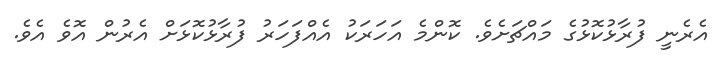
އެރެނީ ފުރާޅުކޮޅުގެ މައްޗަށެވެ. ކޮންމެ އަހަރަކު އެއްފަހަރު ފުރާޅުކޮޅަށް އެރުން އޮވެ އެވެ.